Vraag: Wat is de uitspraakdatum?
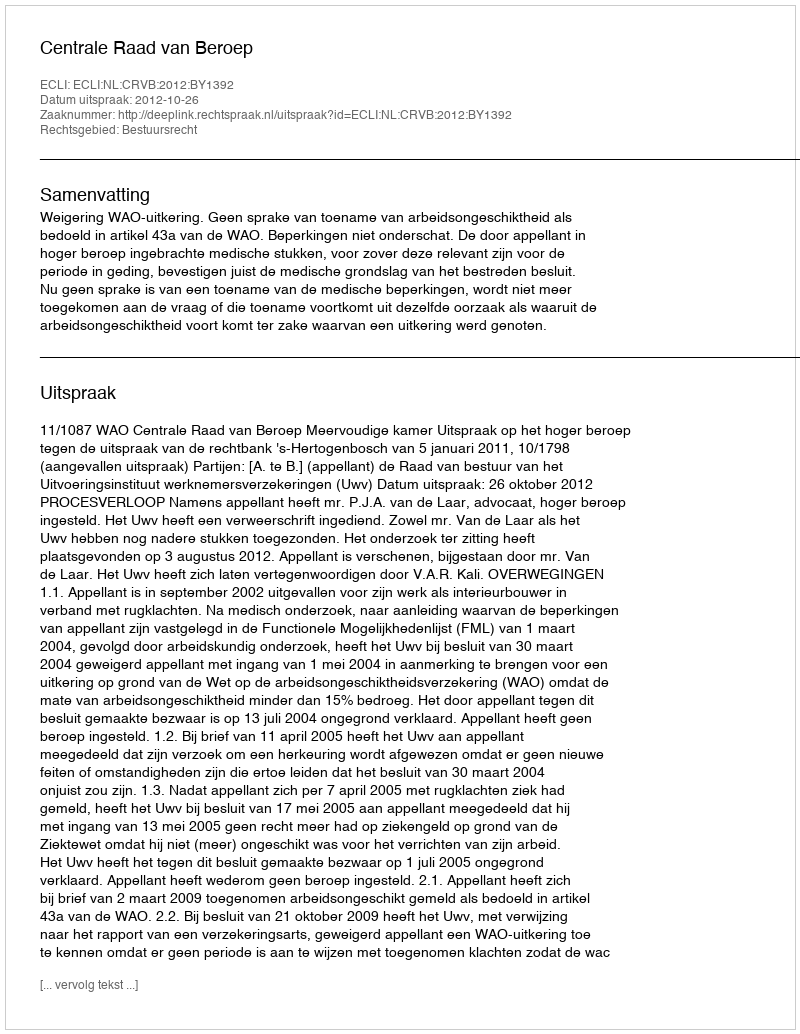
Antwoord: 2012-10-26